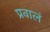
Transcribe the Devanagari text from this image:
प्रवालं